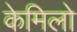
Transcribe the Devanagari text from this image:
केमिलो